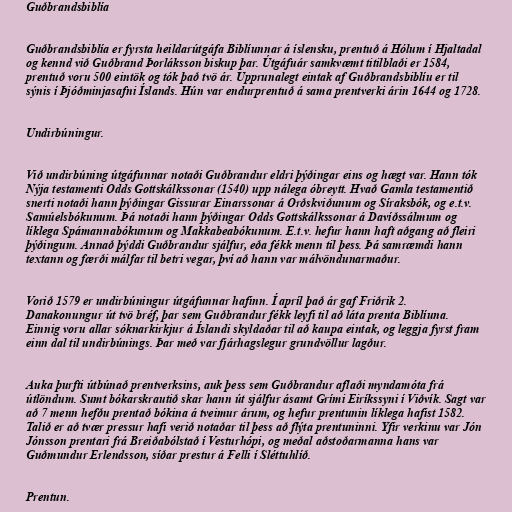
Guðbrandsbiblía

Guðbrandsbiblía er fyrsta heildarútgáfa Biblíunnar á íslensku, prentuð á Hólum í Hjaltadal
og kennd við Guðbrand Þorláksson biskup þar. Útgáfuár samkvæmt titilblaði er 1584,
prentuð voru 500 eintök og tók það tvö ár. Upprunalegt eintak af Guðbrandsbiblíu er til
sýnis í Þjóðminjasafni Íslands. Hún var endurprentuð á sama prentverki árin 1644 og 1728.

Undirbúningur.

Við undirbúning útgáfunnar notaði Guðbrandur eldri þýðingar eins og hægt var. Hann tók
Nýja testamenti Odds Gottskálkssonar (1540) upp nálega óbreytt. Hvað Gamla testamentið
snerti notaði hann þýðingar Gissurar Einarssonar á Orðskviðunum og Síraksbók, og e.t.v.
Samúelsbókunum. Þá notaði hann þýðingar Odds Gottskálkssonar á Davíðssálmum og
líklega Spámannabókunum og Makkabeabókunum. E.t.v. hefur hann haft aðgang að fleiri
þýðingum. Annað þýddi Guðbrandur sjálfur, eða fékk menn til þess. Þá samræmdi hann
textann og færði málfar til betri vegar, því að hann var málvöndunarmaður.

Vorið 1579 er undirbúningur útgáfunnar hafinn. Í apríl það ár gaf Friðrik 2.
Danakonungur út tvö bréf, þar sem Guðbrandur fékk leyfi til að láta prenta Biblíuna.
Einnig voru allar sóknarkirkjur á Íslandi skyldaðar til að kaupa eintak, og leggja fyrst fram
einn dal til undirbúnings. Þar með var fjárhagslegur grundvöllur lagður.

Auka þurfti útbúnað prentverksins, auk þess sem Guðbrandur aflaði myndamóta frá
útlöndum. Sumt bókarskrautið skar hann út sjálfur ásamt Grími Eiríkssyni í Viðvík. Sagt var
að 7 menn hefðu prentað bókina á tveimur árum, og hefur prentunin líklega hafist 1582.
Talið er að tvær pressur hafi verið notaðar til þess að flýta prentuninni. Yfir verkinu var Jón
Jónsson prentari frá Breiðabólstað í Vesturhópi, og meðal aðstoðarmanna hans var
Guðmundur Erlendsson, síðar prestur á Felli í Sléttuhlíð.

Prentun.